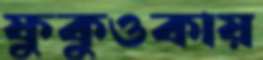
ফুকুওকায়